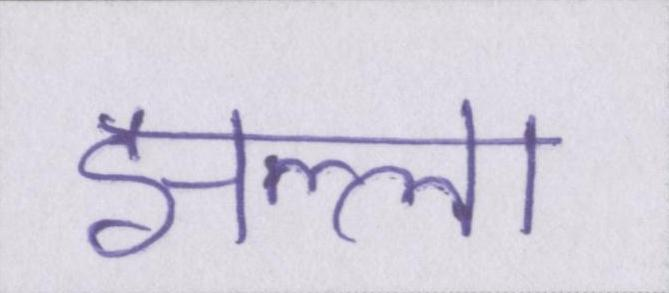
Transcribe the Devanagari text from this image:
झल्ला